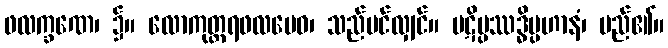
ဖလက္ခဏေ၊ ၌။ လောကုတ္တရဖလမေဝ၊ သည်ပင်လျှင်။ ပဋိပ္ပဿဒ္ဓိပ္ပဟာနံ၊ မည်၏။